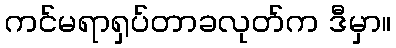
ကင်မရာရှပ်တာခလုတ်က ဒီမှာ။